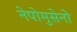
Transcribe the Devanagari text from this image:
नेपोमुसेनो